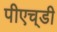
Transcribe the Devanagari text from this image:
पीएच्‌डी